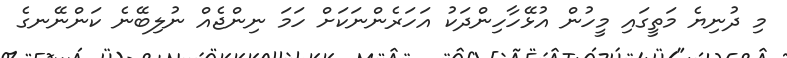
މި ދުނިޔެ މަތީގައި މީހުން އުޅޭހާހިންދަކު އަހަރެންނަކަށް ހަމަ ނިންޖެއް ނުލިބޭނެ ކަންނޭނގެ